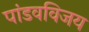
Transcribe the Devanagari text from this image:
पांडवविजय